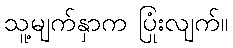
သူ့မျက်နှာက ပြုံးလျက်။